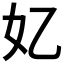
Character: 𫰆